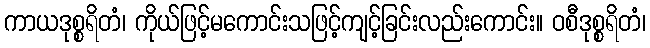
ကာယဒုစ္စရိတံ၊ ကိုယ်ဖြင့်မကောင်းသဖြင့်ကျင့်ခြင်းလည်းကောင်း။ ဝစီဒုစ္စရိတံ၊